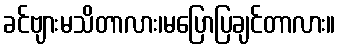
ခင်ဗျားမသိတာလား၊မပြောပြချင်တာလား။